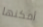
أمكنها